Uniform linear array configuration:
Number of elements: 4
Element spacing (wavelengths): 0.25
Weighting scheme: hamming
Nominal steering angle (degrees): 45
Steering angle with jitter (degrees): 44.632
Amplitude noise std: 0.05
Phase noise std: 0.05

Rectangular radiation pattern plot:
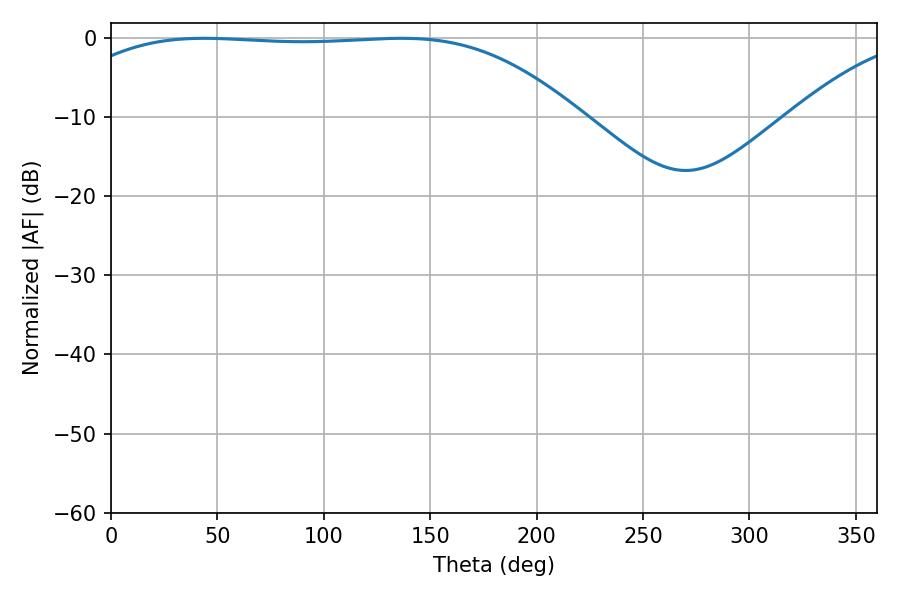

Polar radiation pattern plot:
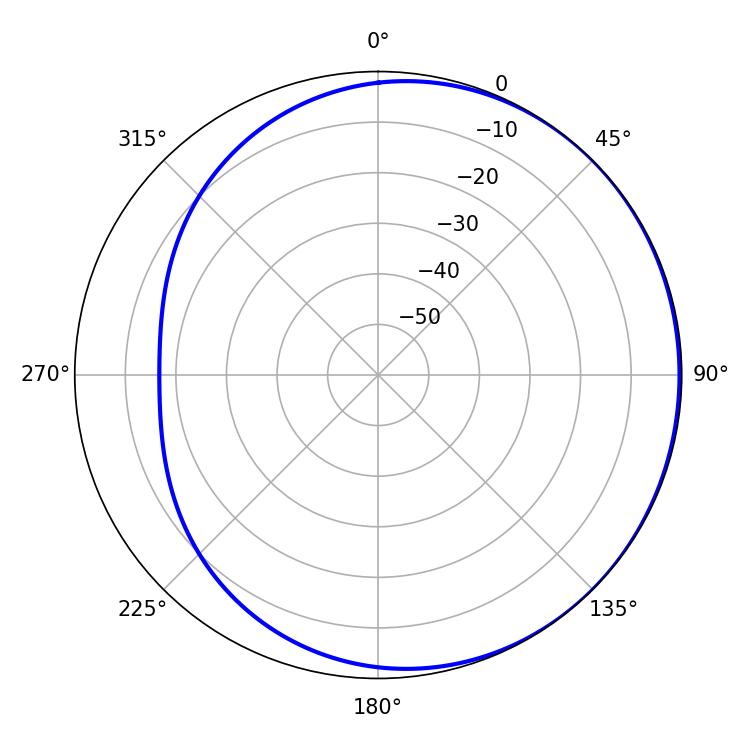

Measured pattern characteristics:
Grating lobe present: FALSE
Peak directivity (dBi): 0.7206
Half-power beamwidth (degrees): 186.3
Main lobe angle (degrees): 43.74